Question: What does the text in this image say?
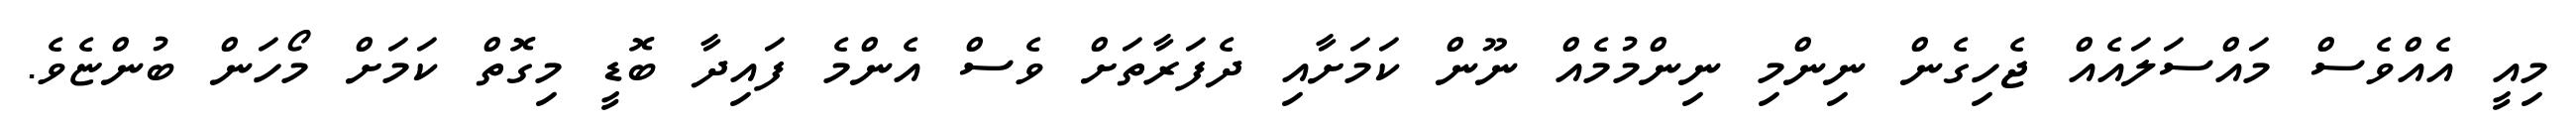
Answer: މިއީ އެއްވެސް މައްސަލައެއް ޖެހިގެން ނިންމި ނިންމުމެއް ނޫން ކަމަށާއި ދެފަރާތަށް ވެސް އެންމެ ފައިދާ ބޮޑީ މިގޮތް ކަމަށް މޯހަން ބުންޏެވެ.